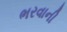
ભરવાની